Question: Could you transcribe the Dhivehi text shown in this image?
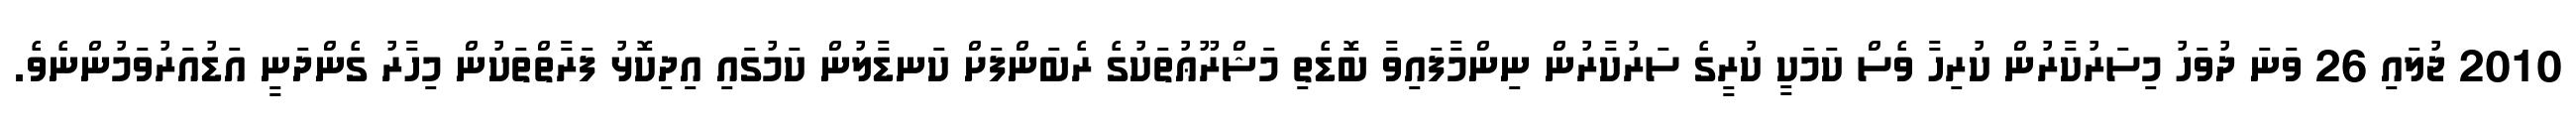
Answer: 2010 ޖުލައި 26 ވަނަ ދުވަހު މިސަރުކާރުން ކުރިހާ ވެސް ކަމަކީ ކުރީގެ ސަރުކާރުން ނިންމާފައިވާ ބޮޑެތި މަޝްރޫޢުތަކުގެ ރެބަންފަށް ކަނޑާލުން ކަމުގައި އިދިކޮޅު ފަރާތްތަކުން މިހާރު ގެންދަނީ އަޑުއަރުވަމުންނެވެ.